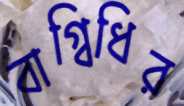
বাগ্বিধির